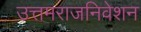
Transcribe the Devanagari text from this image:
उत्तमराजनिवेशन